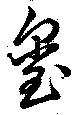
璽